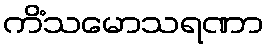
ကိံသမောသရဏာ